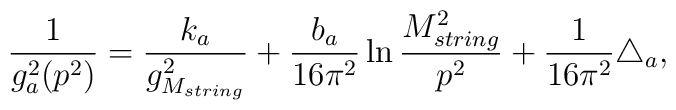
\frac{1}{g_a^{2}(p^2)} = \frac{k_a}{g^2_{M_{string}}} +\frac{b_a}{16 \pi^2}\ln \frac{M_{string}^2}{p^2}+ \frac{1}{16 \pi^2} \triangle_a,